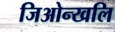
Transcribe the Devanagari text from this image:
जिओन्खलि